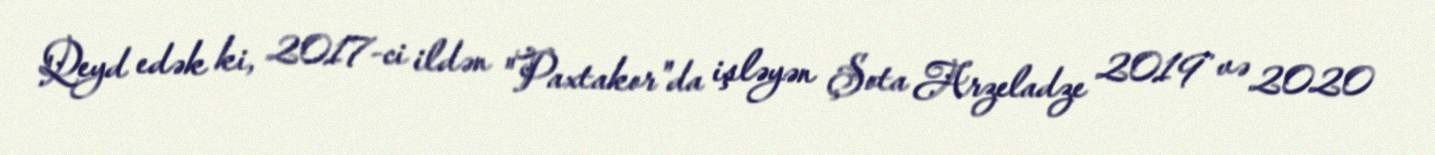
Qeyd edək ki, 2017-ci ildən "Paxtakor"da işləyən Şota Arzeladze 2019 və 2020